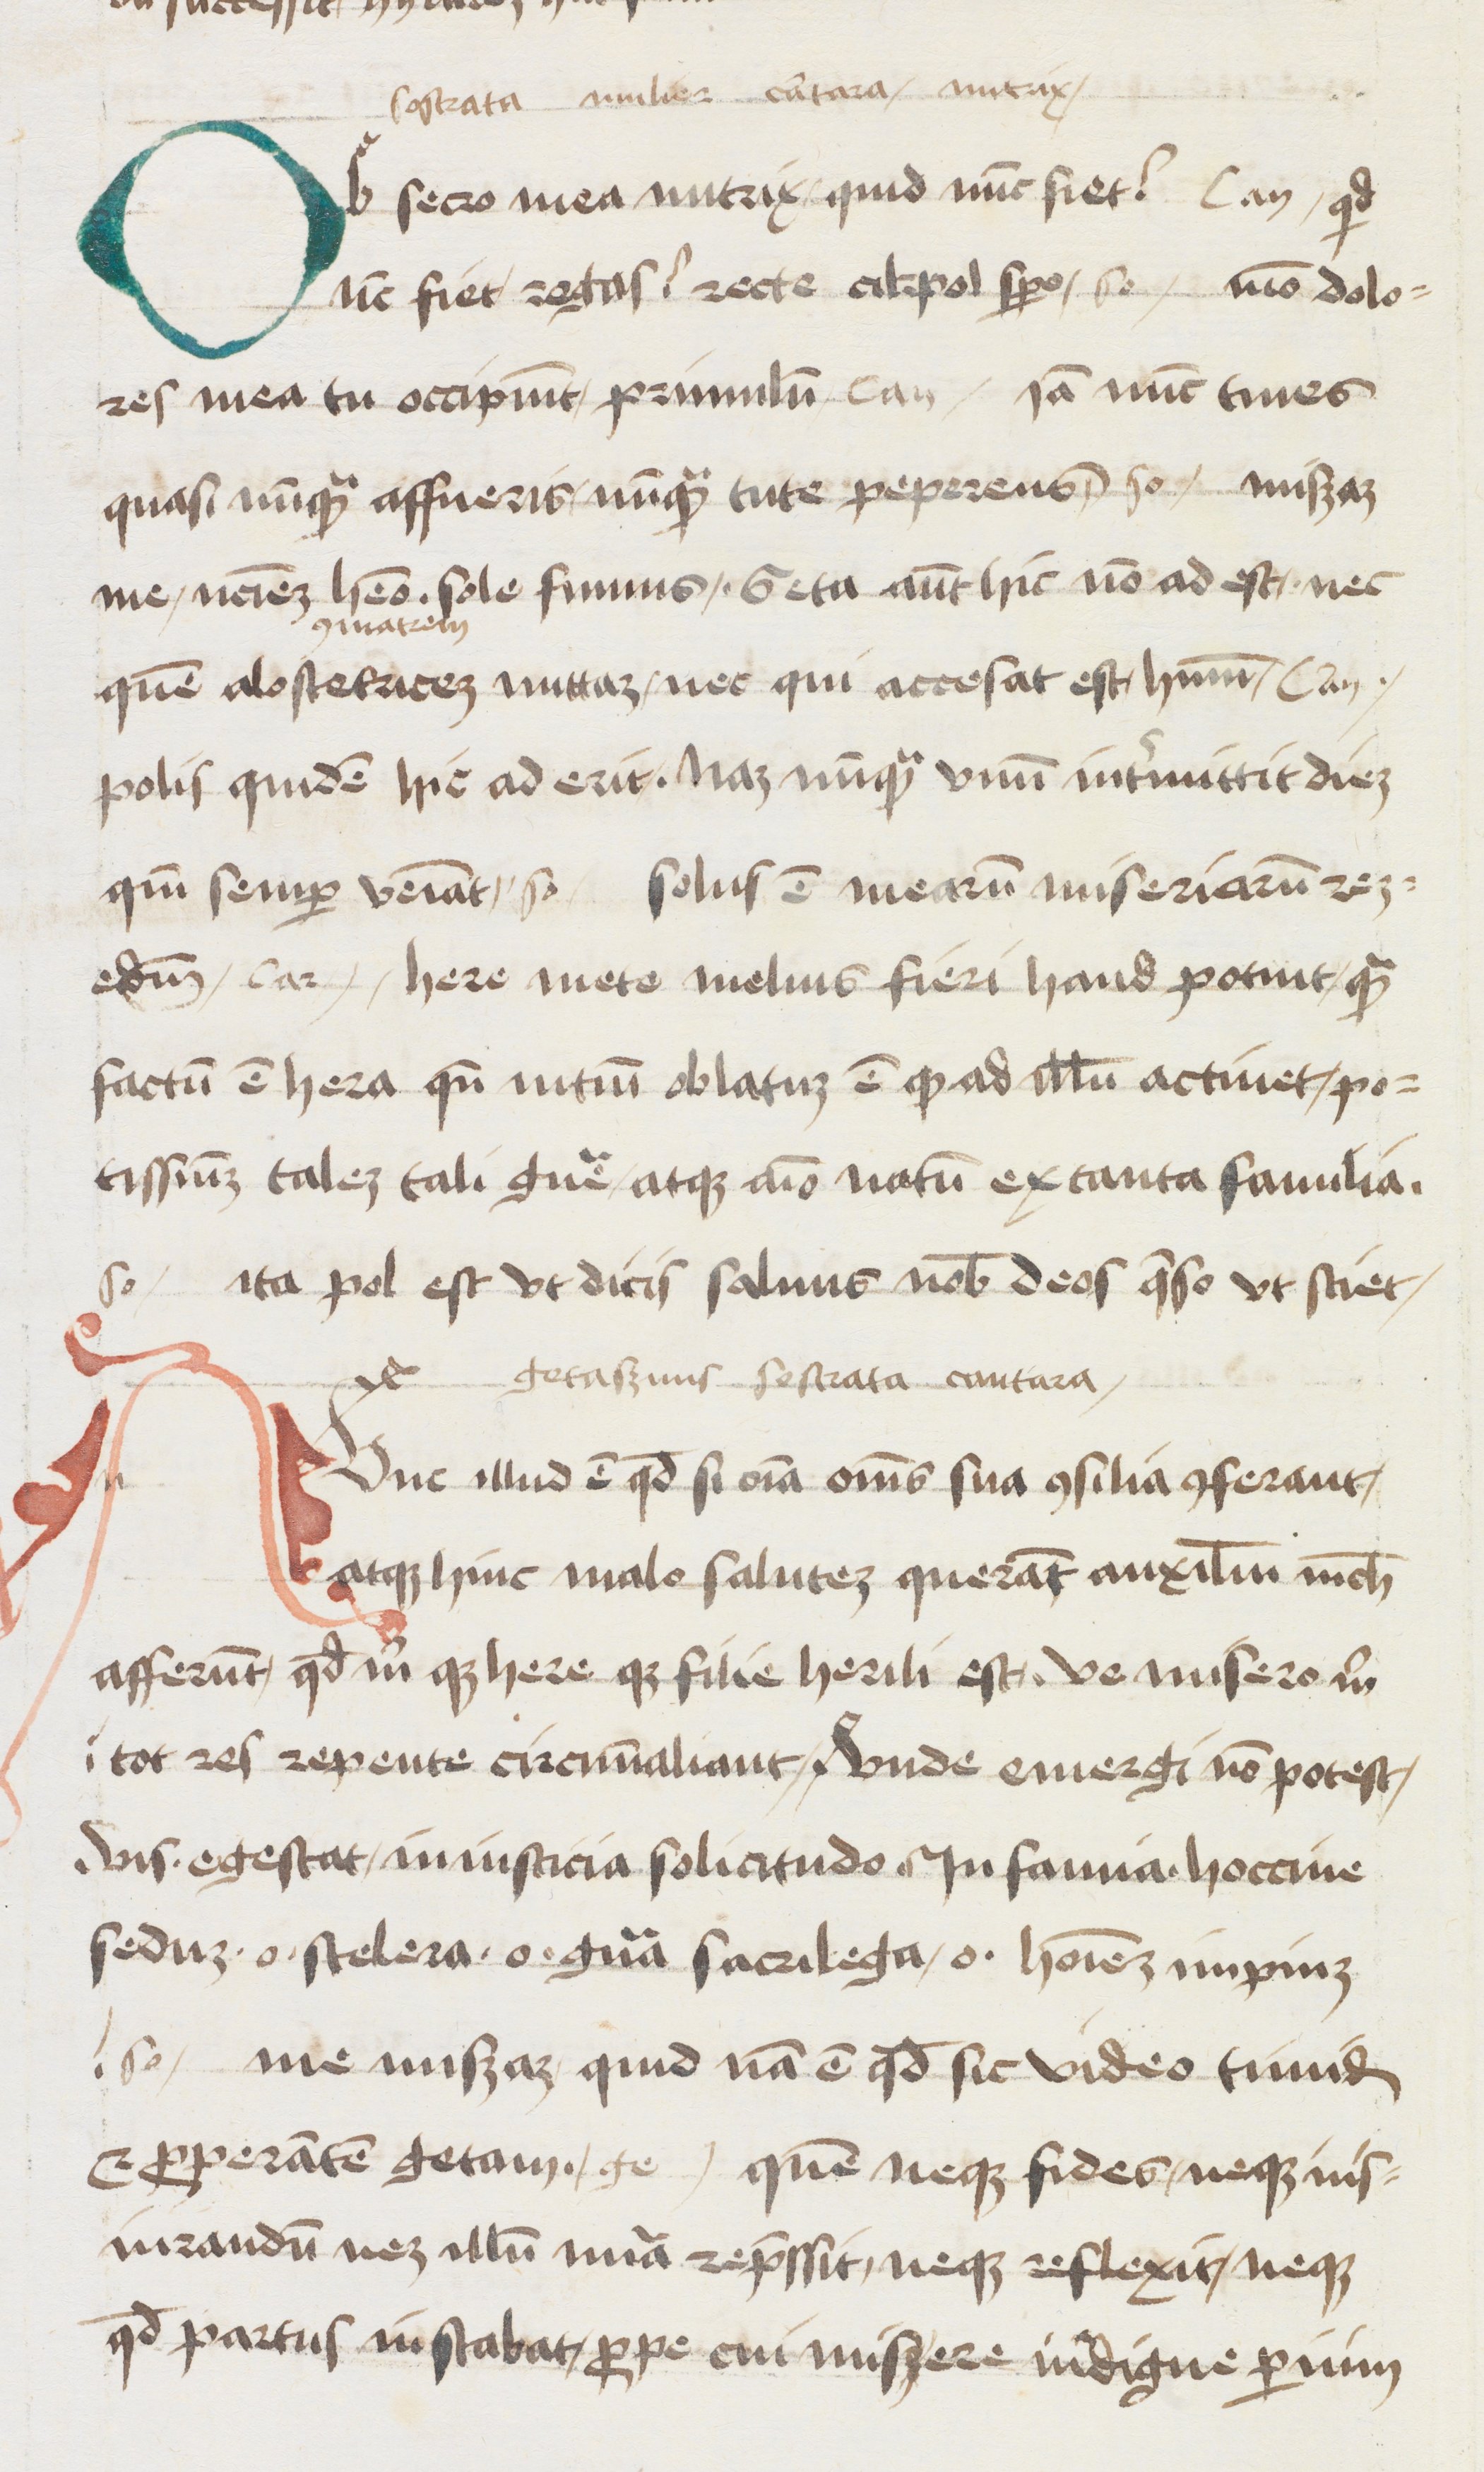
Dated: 1472–1477